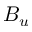
B _ { u }